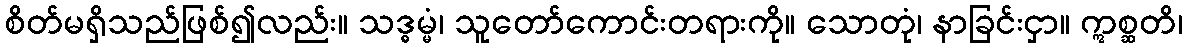
စိတ်မရှိသည်ဖြစ်၍လည်း။ သဒ္ဓမ္မံ၊ သူတော်ကောင်းတရားကို။ သောတုံ၊ နာခြင်းငှာ။ ဣစ္ဆတိ၊